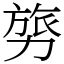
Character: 𭄸